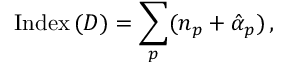
\mathrm { I n d e x } \, ( { \cal D } ) = \sum _ { p } ( n _ { p } + \hat { \alpha } _ { p } ) \, ,